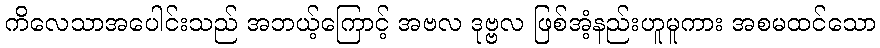
ကိလေသာအပေါင်းသည် အဘယ့်ကြောင့် အဗလ ဒုဗ္ဗလ ဖြစ်အံ့နည်းဟူမူကား အစမထင်သော